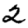
Digit: 2